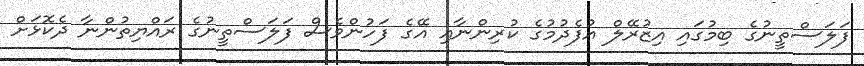
ފަލަސްތީނުގެ ބިމުގައި އިޒުރޭލް އުފެދުމުގެ ކުރިންނާއި އޭގެ ފަހުންވެސް ފަލަސްތީނުގެ ރައްޔިތުންނާ ދެކޮޅަށް